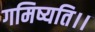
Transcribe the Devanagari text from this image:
गमिष्यति।।